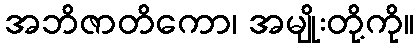
အဘိဇာတိကော၊ အမျိုးတို့ကို။